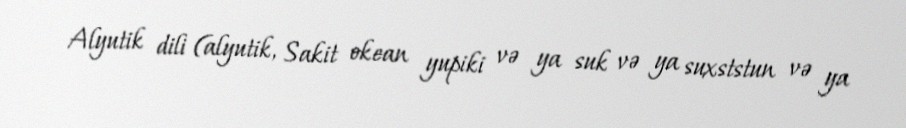
Alyutik dili (alyutik, Sakit okean yupiki və ya suk və ya suxststun və ya